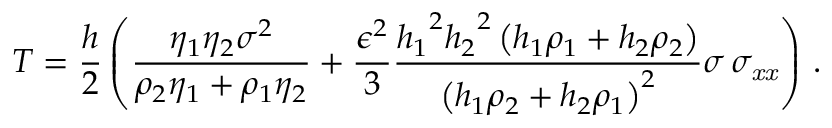
{ T } = \frac { h } 2 \left( \frac { \eta _ { 1 } \eta _ { 2 } \sigma ^ { 2 } } { \rho _ { 2 } \eta _ { 1 } + \rho _ { 1 } \eta _ { 2 } } + \frac { \epsilon ^ { 2 } } 3 { \frac { { h _ { { 1 } } } ^ { 2 } { h _ { { 2 } } } ^ { 2 } \left( h _ { { 1 } } \rho _ { { 1 } } + h _ { { 2 } } \rho _ { { 2 } } \right) } { \left( h _ { { 1 } } \rho _ { { 2 } } + h _ { { 2 } } \rho _ { { 1 } } \right) ^ { 2 } } } \sigma \, \sigma _ { { { \it x x } } } \right) \, .